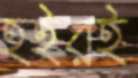
হইরই